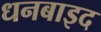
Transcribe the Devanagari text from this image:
धनबाइद